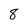
Character: 8